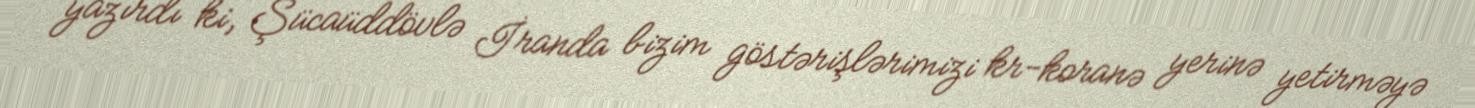
yazırdı ki, Şücaüddövlə İranda bizim göstərişlərimizi kr-koranə yerinə yetirməyə